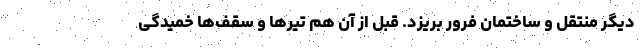
دیگر منتقل و ساختمان فرور بریزد. قبل از آن هم تیرها و سقف‌ها خمیدگی